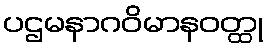
ပဌမနာဂဝိမာနဝတ္ထု